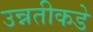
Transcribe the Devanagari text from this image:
उन्नतीकडे